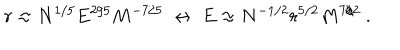
r \approx N ^ { 1 / 5 } E ^ { 2 / 5 } M ^ { - 7 / 5 } \ \leftrightarrow \ E \approx N ^ { - 1 / 2 } r ^ { 5 / 2 } M ^ { 7 / 2 } \ .